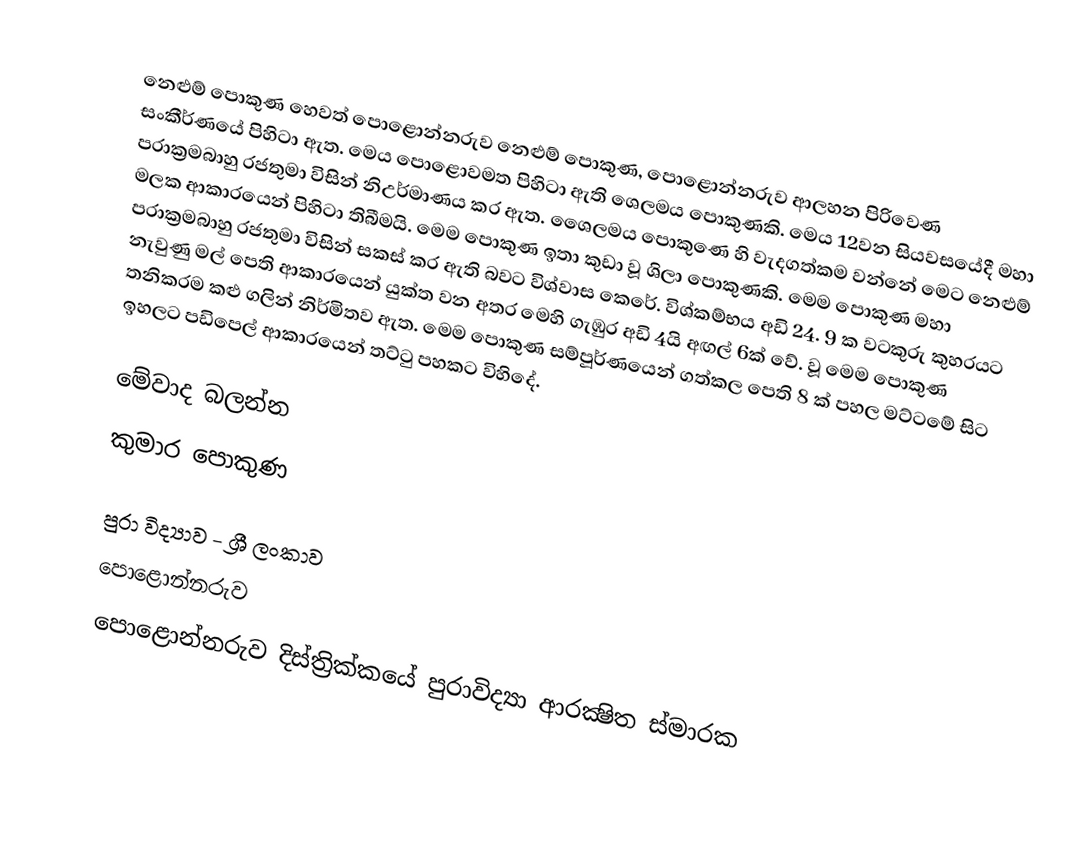
නෙළුම් පොකුණ හෙවත් පොළොන්නරුව නෙළුම් පොකුණ, පොළොන්නරුව ආලහන පිරිවෙණ සංකීර්ණයේ පිහිටා ඇත. මෙය පොළොවමත පිහිටා ඇති ශෙලමය පොකුණකි. මෙය 12වන සියවසයේදී මහා පරාක්‍රමබාහු රජතුමා විසින් නිඋර්මාණය කර ඇත. ශෛලමය පොකුණෙ හි වැදගත්කම වන්නේ මෙට නෙළුම් මලක ආකාරයෙන් පිහිටා තිබීමයි. මෙම පොකුණ ඉතා කුඩා වූ ශිලා පොකුණකි.  මෙම පොකුණ මහා පරාක්‍රමබාහු රජතුමා විසින් සකස් කර ඇති බවට විශ්වාස කෙරේ. විශ්කම්භය අඩි 24. 9 ක වටකුරු කුහරයට නැවුණු මල් පෙති ආකාරයෙන් යුක්ත වන අතර මෙහි ගැඹුර අඩි 4යි අඟල් 6ක් වේ. වූ මෙම පොකුණ තනිකරම කළු ගලින් නිර්මිතව ඇත. මෙම පොකුණ සම්පූර්ණයෙන් ගත්කල පෙති 8 ක් පහල මට්ටමේ සිට ඉහලට පඩිපෙල් ආකාරයෙන් තට්ටු පහකට විහිදේ.

මේවාද බලන්න
 කුමාර පොකුණ

පුරා විද්‍යාව - ශ්‍රී ලංකාව
පොළොන්නරුව
පොළොන්නරුව දිස්ත්‍රික්කයේ පුරාවිද්‍යා ආරක්‍ෂිත ස්මාරක